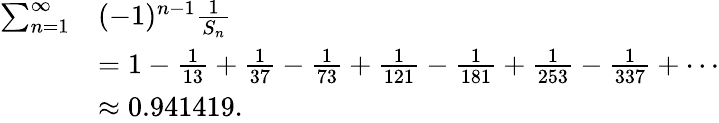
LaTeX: {\begin{array}{rl}{\sum_{n=1}^{\infty}}&{(-1)^{n-1}{\frac{1}{S_{n}}}}\\ &{=1-{\frac{1}{13}}+{\frac{1}{37}}-{\frac{1}{73}}+{\frac{1}{121}}-{\frac{1}{181}}+{\frac{1}{253}}-{\frac{1}{337}}+\cdots}\\ &{\approx 0.941419.}\end{array}}